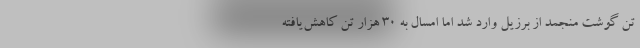
تن گوشت منجمد از برزیل وارد شد اما امسال به ۳۰ هزار تن کاهش‌یافته